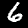
Label: 6